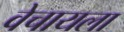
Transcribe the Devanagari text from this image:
वेचायला